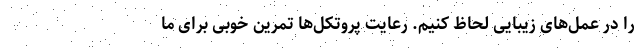
را در عمل‌های زیبایی لحاظ کنیم. رعایت پروتکل‌ها تمرین خوبی برای ما